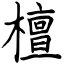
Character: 檀